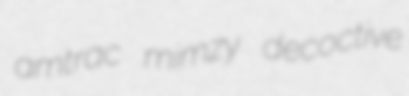
amtrac mimzy decoctive